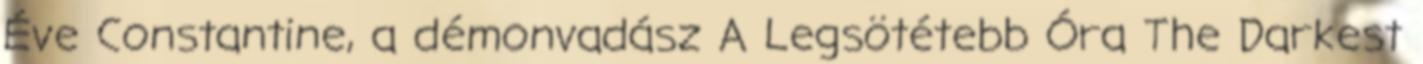
Éve Constantine, a démonvadász A Legsötétebb Óra The Darkest